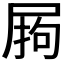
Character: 𭕣